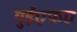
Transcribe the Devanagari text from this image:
युईएफ़ए